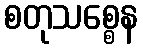
စတုသစ္စေန